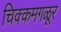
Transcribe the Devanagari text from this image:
चिक्कमगळूर